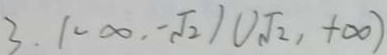
3 . ( - \infty , - \sqrt { 2 } ) \cup \sqrt { 2 } , + \infty )